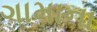
ગામાના